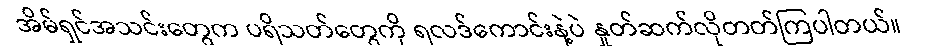
အိမ်ရှင်အသင်းတွေက ပရိသတ်တွေကို ရလဒ်ကောင်းနဲ့ပဲ နှုတ်ဆက်လိုတတ်ကြပါတယ်။